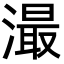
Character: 㵊